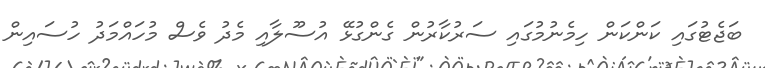
ބަޖެޓުގައި ކަންކަން ހިމެނުމުގައި ސަރުކާރުން ގެންގުޅޭ އުސޫލާއި މެދު ވެސް މުހައްމަދު ހުސައިން